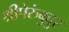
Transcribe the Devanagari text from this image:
श्रीपेरुंबुदुर